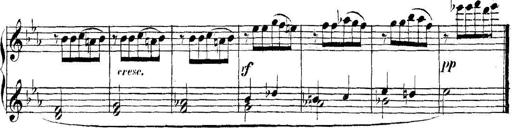
Title: Collected Piano Sonatas
Composer: Muzio Clementi